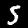
Digit: 5